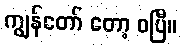
ကျွန်တော် တော့ ဝပြီ။